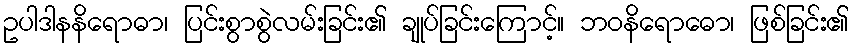
ဥပါဒါနနိရောဓာ၊ ပြင်းစွာစွဲလမ်းခြင်း၏ ချုပ်ခြင်းကြောင့်။ ဘဝနိရောဓော၊ ဖြစ်ခြင်း၏